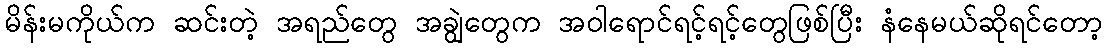
မိန်းမကိုယ်က ဆင်းတဲ့ အရည်တွေ အချွဲတွေက အဝါရောင်ရင့်ရင့်တွေဖြစ်ပြီး နံနေမယ်ဆိုရင်တော့